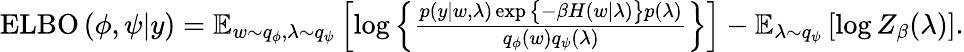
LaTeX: \begin{array}{r}{\operatorname{ELBO}\left(\phi,\psi\vert y\right)=\operatorname{\mathbb{E}}_{w\sim q_{\phi},\lambda\sim q_{\psi}}\left[\log\left\{ \frac{p\left(y|w,\lambda\right)\exp\big\{ -\beta H\left(w|\lambda\right)\big\} p\left(\lambda\right)}{q_{\phi}(w)q_{\psi}(\lambda)}\right\} \right]-\operatorname{\mathbb{E}}_{\lambda\sim q_{\psi}}\left[\log Z_{\beta}(\lambda)\right].}\end{array}